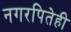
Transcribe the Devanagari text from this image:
नगरपितेही